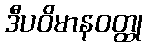
ဒီပဝိမာနဝတ္ထု